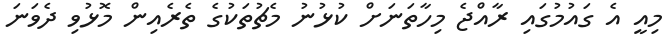
މިއީ އެ ގައުމުގައި ރާއްޖެ މިހާތަނަށް ކުޅުނު މެޗުތަކުގެ ތެރެއިން މޮޅުވި ދެވަނަ